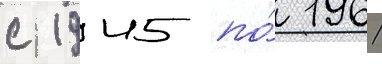
с 1945 по́ 1961